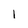
Character: 1